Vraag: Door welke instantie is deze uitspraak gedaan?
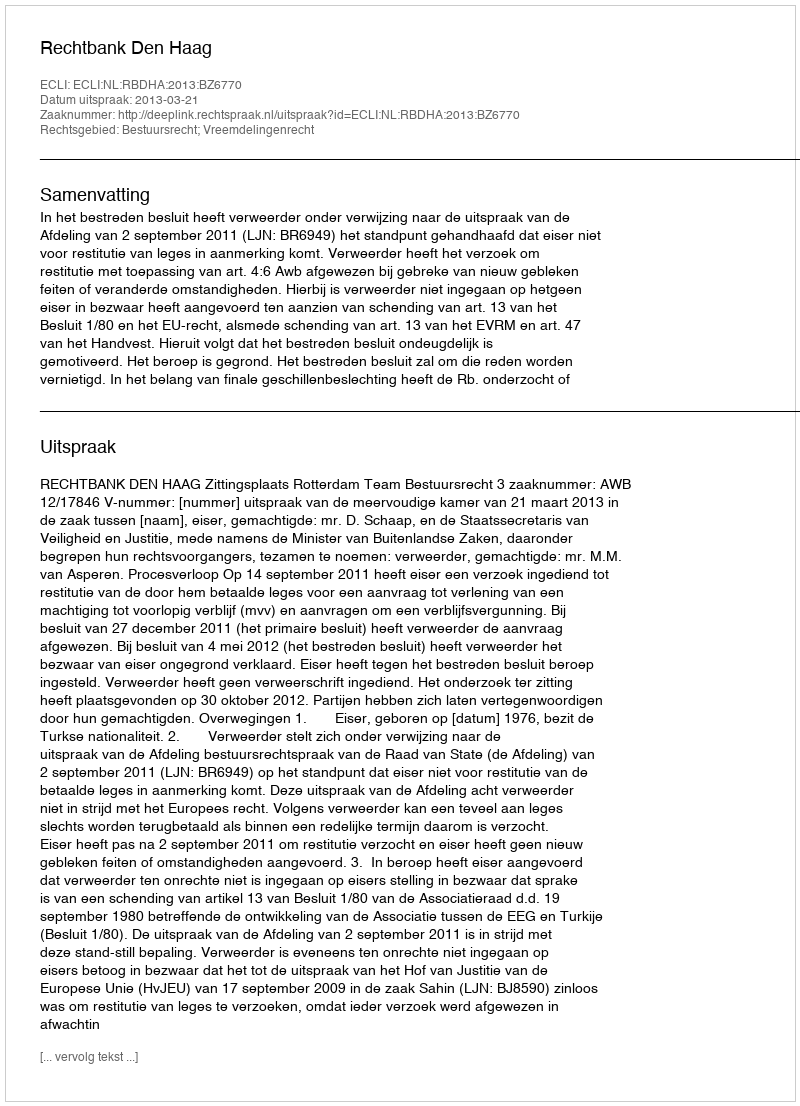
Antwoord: Rechtbank Den Haag